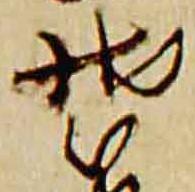
装